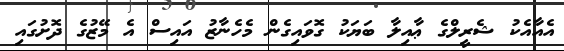
އެއާއެކު ޝެރީލްގެ ޢާއިލާ ބަޔަކު ގޮވައިގެން މެހެނާޒު އައިސް އެ މޭޒުގެ ދޮށުގައި